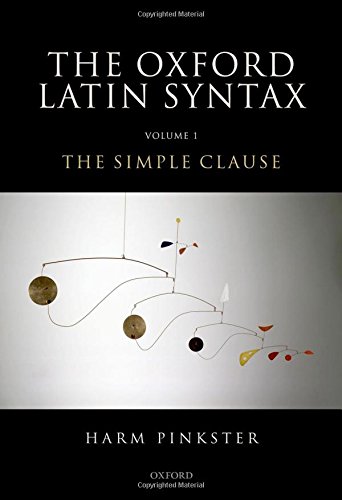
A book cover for Oxford Latin Syntax: Volume 1: The Simple Clause; Harm Pinkster; History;